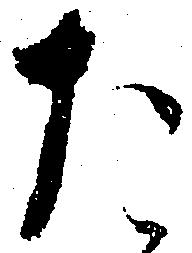
た